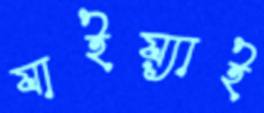
যাইয়্যাই